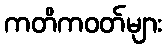
ကတိကဝတ်များ